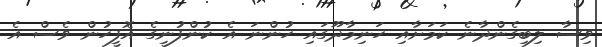
ވިސާ ލިބިގެންދާނެ ކަމަށާއި ހަނިމާދޫގައި ހުންނަ އެ ކުންފުނީގެ އޮފީހުން ވެސް އެ